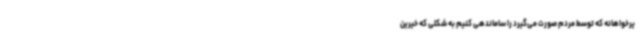
یرخواهانه که توسط مردم صورت می‌گیرد را ساماندهی کنیم‌ به شکلی که خیرین